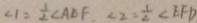
\angle 1 = \frac { 1 } { 2 } \angle A E F \angle 2 = \frac { 1 } { 2 } \angle E F D